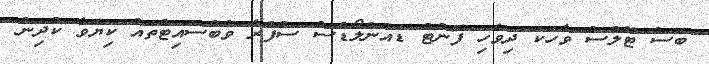
ބަސް ޓޫލްސް ވާހަކަ ދިވެހި ފޮންޓު ޑައުންލޯޑްސް ސުފުރާ ވެބްސައިޓްތައް ކިޔަވާ ކުދިން